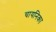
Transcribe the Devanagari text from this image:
चायनिका